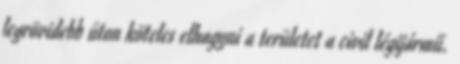
legrövidebb úton köteles elhagyni a területet a civil légijármű.